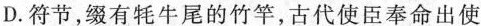
D.符节，缀有牦牛尾的竹竿，古代使臣奉命出使